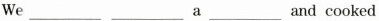
We______a______andcooked